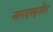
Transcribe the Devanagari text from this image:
नारदस्मृतीत